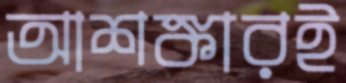
আশঙ্কারই